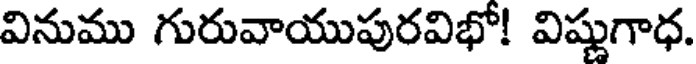
వినుము గురువాయుపురవిభో! విష్ణుగాధ.